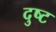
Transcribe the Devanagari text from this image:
दुष्‍ट